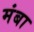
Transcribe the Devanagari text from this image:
मंबा